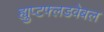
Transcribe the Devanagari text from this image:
ह्युप्टफ्लडवेबल